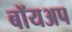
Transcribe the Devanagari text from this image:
बॉयअप